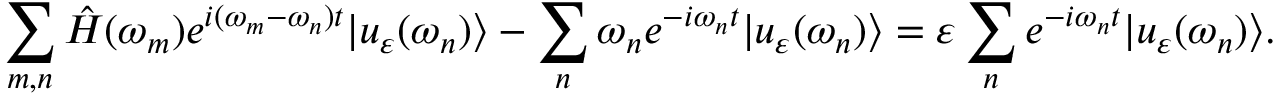
\sum _ { m , n } \hat { H } ( \omega _ { m } ) e ^ { i ( \omega _ { m } - \omega _ { n } ) t } | u _ { \varepsilon } ( \omega _ { n } ) \rangle - \sum _ { n } \omega _ { n } e ^ { - i \omega _ { n } t } | u _ { \varepsilon } ( \omega _ { n } ) \rangle = \varepsilon \sum _ { n } e ^ { - i \omega _ { n } t } | u _ { \varepsilon } ( \omega _ { n } ) \rangle .